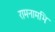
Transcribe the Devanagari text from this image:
रामनामभिः